Reports on military cantonments and civil stations in the Presidency of Bombay inspected by the Sanitary Commissioner in the years 1875 and 1876
Year: 1875
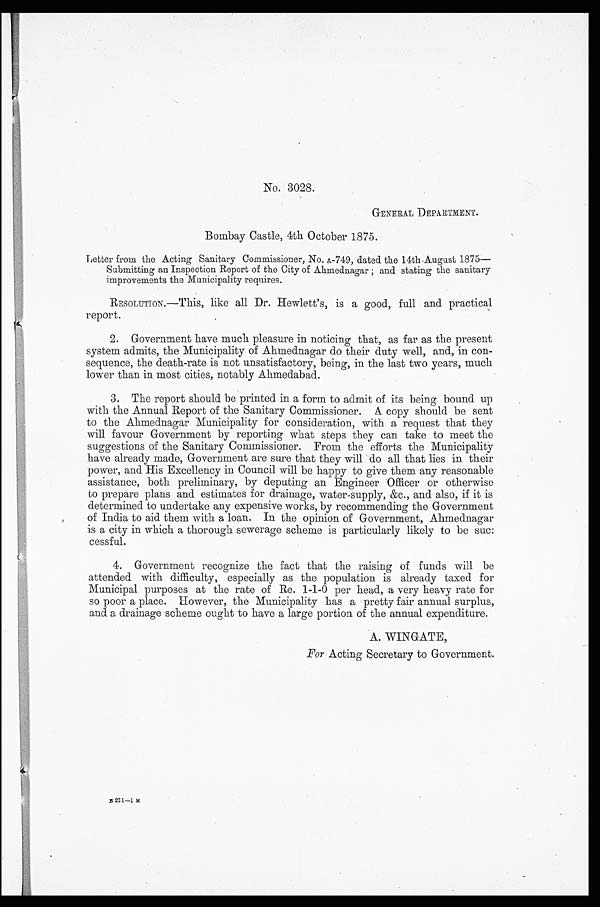
No. 3028.
GENERAL DEPARTMENT.
Bombay Castle, 4th October 1875.
Letter from the Acting Sanitary Commissioner, No. A-749, dated the 14th August 1875—
Submitting an Inspection Report of the City of Ahmednagar; and stating the sanitary
improvements the Municipality requires.
RESOLUTION.—This, like all Dr. Hewlett's, is a good, full and practical
report.
2. Government have much pleasure in noticing that, as far as the present
system admits, the Municipality of Ahmednagar do their duty well, and, in con
-sequence, the death-rate is not unsatisfactory, being, in the last two years, much
lower than in most cities, notably Ahmedabad.
3. The report should be printed in a form to admit of its being bound up
with the Annual Report of the Sanitary Commissioner. A copy should be sent
to the Ahmednagar Municipality for consideration, with a request that they
will favour Government by reporting what steps they can take to meet the
suggestions of the Sanitary Commissioner. From the efforts the Municipality
have already made, Government are sure that they will do all that lies in their
power, and His Excellency in Council will be happy to give them any reasonable
assistance, both preliminary, by deputing an Engineer Officer or otherwise
to prepare plans and estimates for drainage, water-supply, &c., and also, if it is
determined to undertake any expensive works, by recommending the Government
of India to aid them with a loan. In the opinion of Government, Ahmednagar
is a city in which a thorough sewerage scheme is particularly likely to be suc:
cessful.
4. Government recognize the fact that the raising of funds will be
attended with difficulty, especially as the population is already taxed for
Municipal purposes at the rate of Re. 1-1-0 per head, a very heavy rate for
so poor a place. However, the Municipality has a pretty fair annual surplus,
and a drainage scheme ought to have a large portion of the annual expenditure.
A. WINGATE,
For Acting Secretary to Government.
B 221—1 M